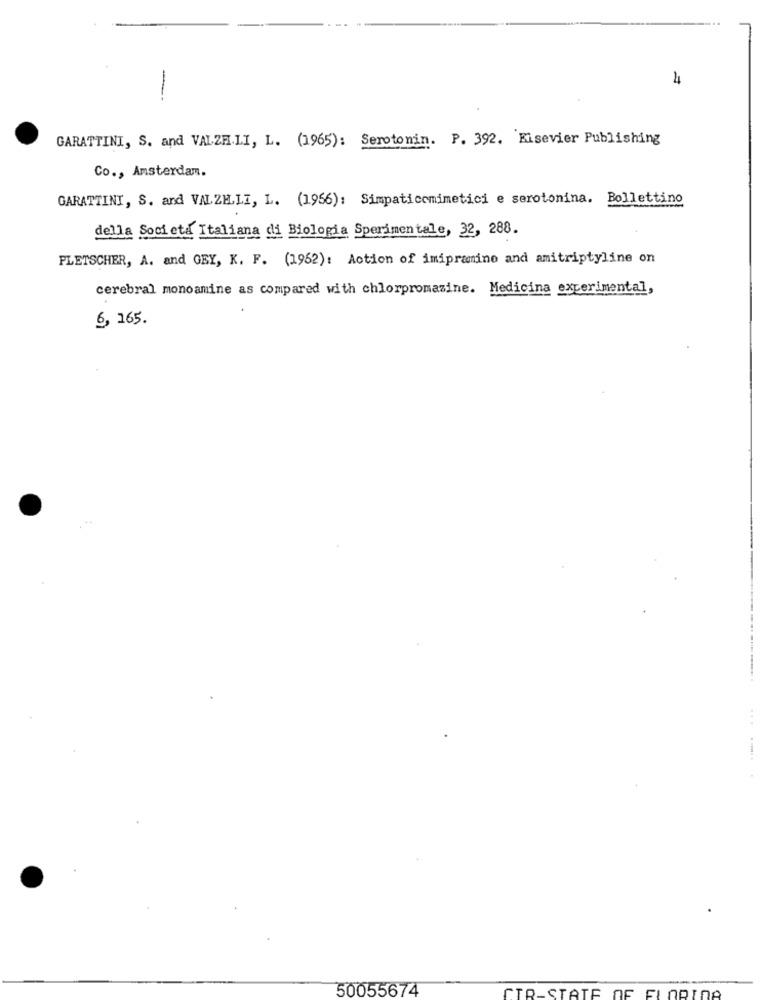
4
GARATTINI, S. and VALZH.LI, L. (1965): Serotonin. P. 392. Eisevier Publishing
Co ., Amsterdam.
GARATTINI, S. and VALZELI, L. (1956): Simpaticomimetici e serotonina. Bollettino
della Societa Italiana di Biologia Sperimentale, 32, 288.
PLETSCHER, A. and GEY, K. F. (1962): Action of imipramine and amitriptyline on
cerebral monoamine as compared with chlorpromazine. Medicina experimental,
6, 165.
...
50055674
CIR-STATE OF FLORIDA